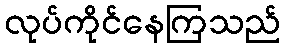
လုပ်ကိုင်နေကြသည်